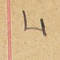
4